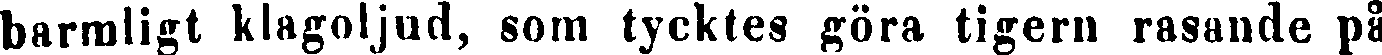
barmligt klagoljud, som tycktes göra tigern rasande på